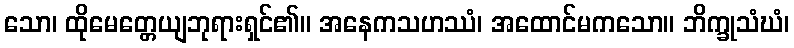
သော၊ ထိုမေတ္တေယျဘုရားရှင်၏။ အနေကသဟဿံ၊ အထောင်မကသော။ ဘိက္ခုသံဃံ၊